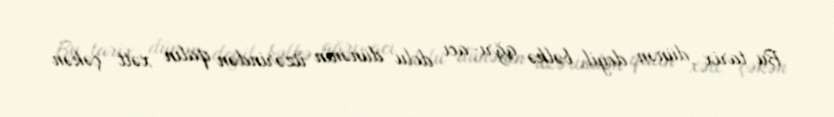
Bu tarix dünən deyil, bəlkə ağrı-acı dolu dünənin üzərindən qalın xətt çəkən